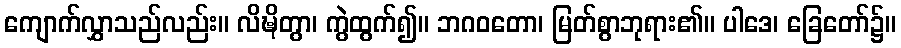
ကျောက်လွှာသည်လည်း။ လိဍ္ဎိတွာ၊ ကွဲထွက်၍။ ဘဂဝတော၊ မြတ်စွာဘုရား၏။ ပါဒေ၊ ခြေတော်၌။